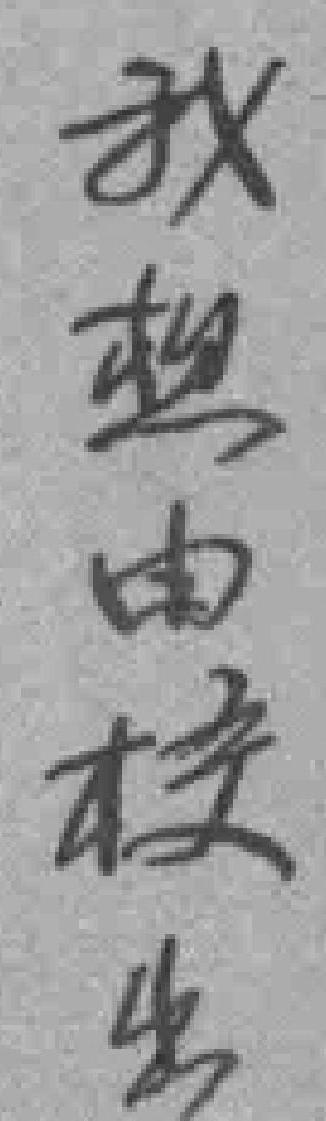
我想要由校出